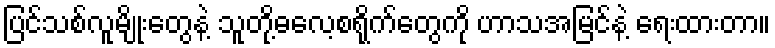
ပြင်သစ်လူမျိုးတွေနဲ့ သူတို့ဓလေ့စရိုက်တွေကို ဟာသအမြင်နဲ့ ရေးထားတာ။